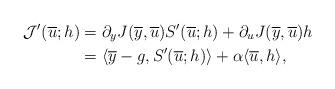
LaTeX: \begin{align*}\mathcal{J}'(\overline{u};h)&=\partial_{y} J(\overline{y},\overline{u}) S'(\overline{u};h) +\partial_{u} J(\overline{y},\overline{u})h \\&=\langle \overline{y}-g, S'(\overline{u};h) \rangle + \alpha \langle \overline{u}, h\rangle,\end{align*}